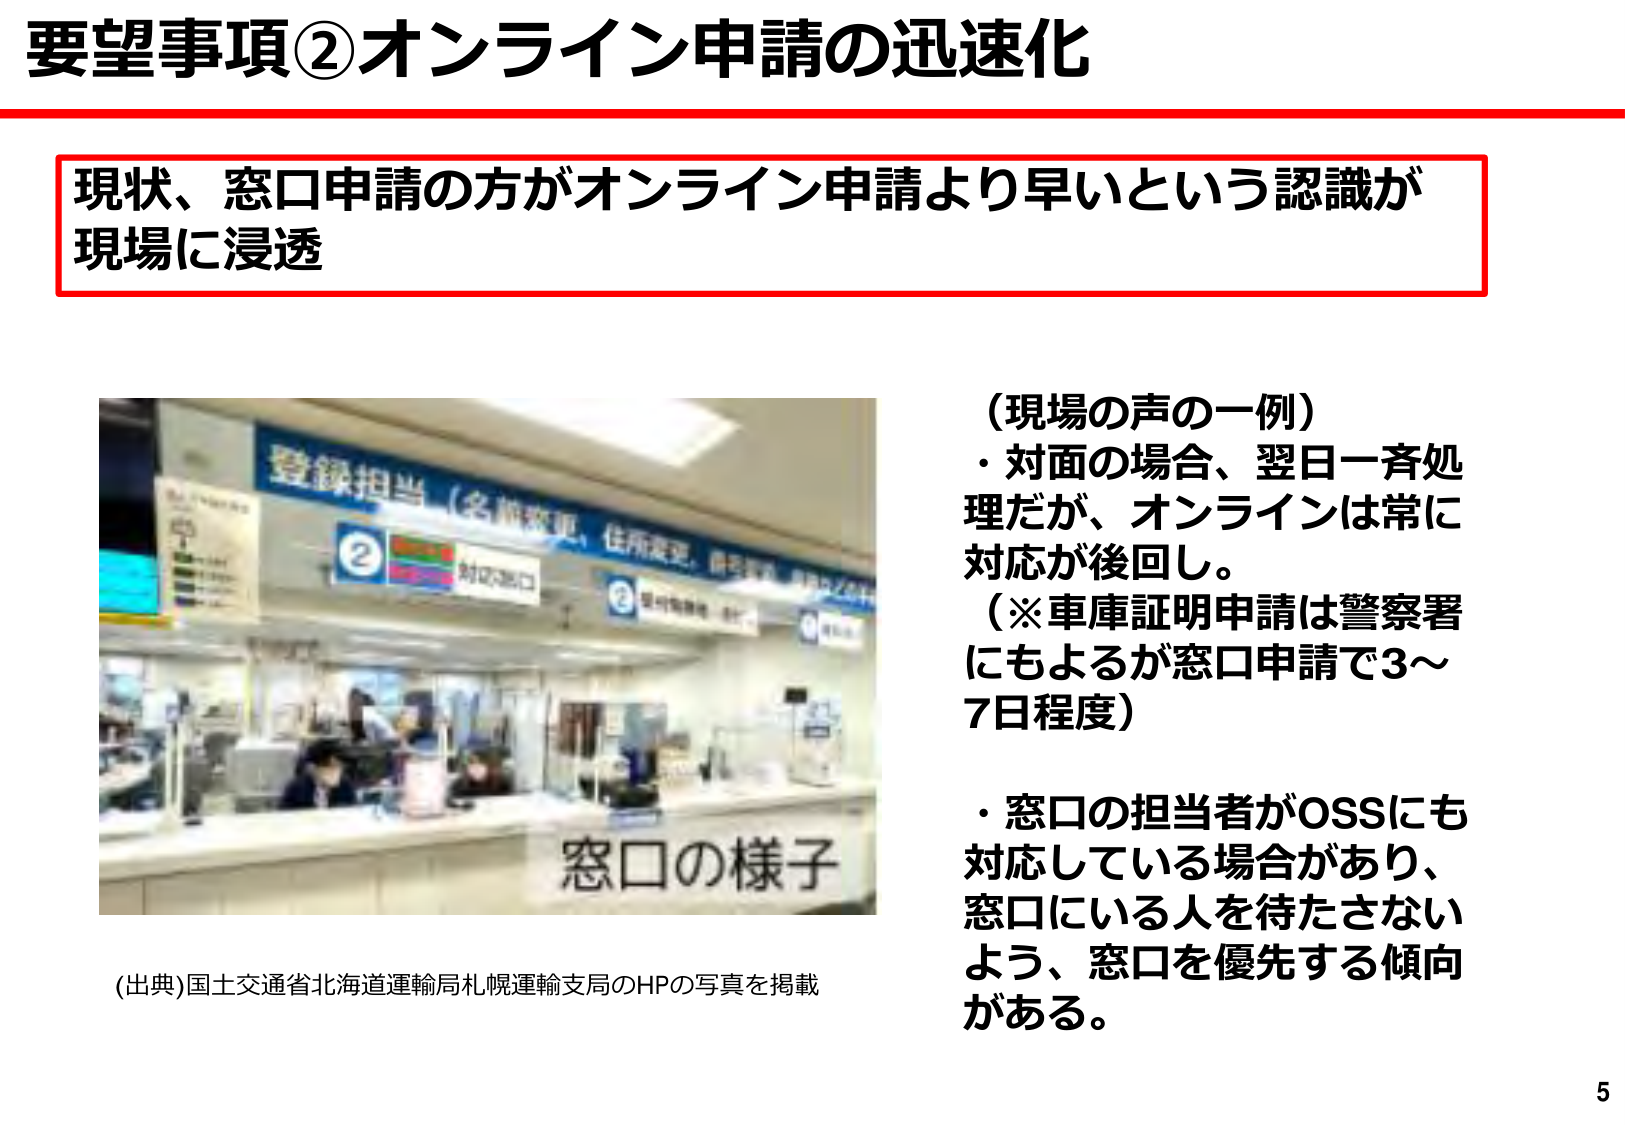
要望事項②オンライン申請の迅速化

現状、窓口申請の方がオンライン申請より早いという認識が
現場に浸透

（現場の声の一例）
・対面の場合、翌日一斉処理だが、オンラインは常に
対応が後回し。
（※車庫証明申請は警察署
にもよるが窓口申請で3～
7日程度）
・窓口の担当者がOSSにも
対応している場合があり、
窓口にいる人を待たさない
よう、窓口を優先する傾向
がある。

登録担当（名前変更、住所変更、供給等、リース等）
対応窓口
窓口の様子

(出典)国土交通省北海道運輸局札幌運輸支局のHPの写真を掲載

5